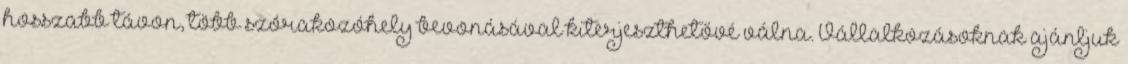
hosszabb távon, több szórakozóhely bevonásával kiterjeszthetővé válna. Vállalkozásoknak ajánljuk